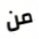
من